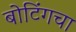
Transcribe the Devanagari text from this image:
बोटिंगचा